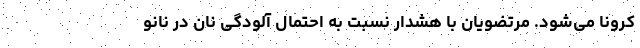
کرونا می‌شود. مرتضویان با هشدار نسبت به احتمال آلودگی نان در نانو